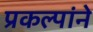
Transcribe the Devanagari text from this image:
प्रकल्पांने